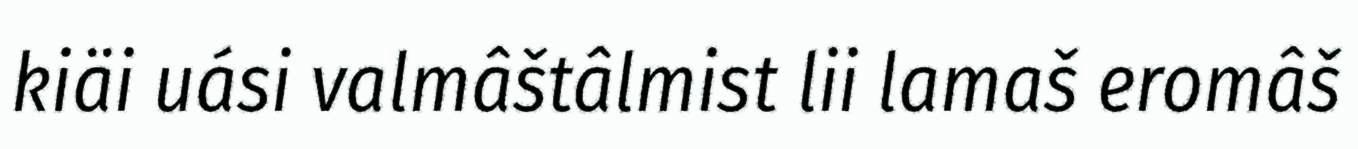
kiäi uási valmâštâlmist lii lamaš eromâš